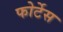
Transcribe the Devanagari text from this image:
फोर्टेस